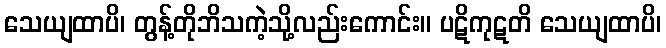
သေယျထာပိ၊ တွန့်တိုဘိသကဲ့သို့လည်းကောင်း။ ပဋိကုဋတိ သေယျထာပိ၊